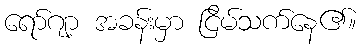
ရော်ဂျာ့ အခန်းမှာ ငြိမ်သက်နေ၏။